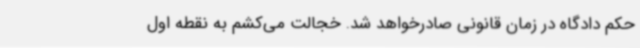
حکم دادگاه در زمان قانونی صادرخواهد شد. خجالت می‌کشم به نقطه اول